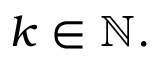
k \in \mathbb { N } .